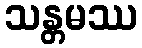
သန္တမဿ